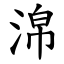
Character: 淿